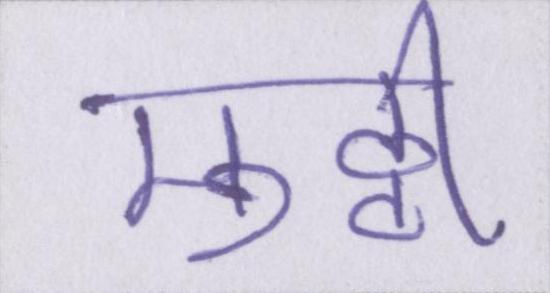
मुठ्ठी